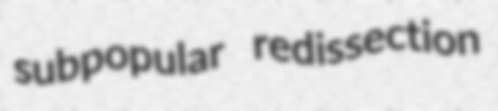
subpopular redissection